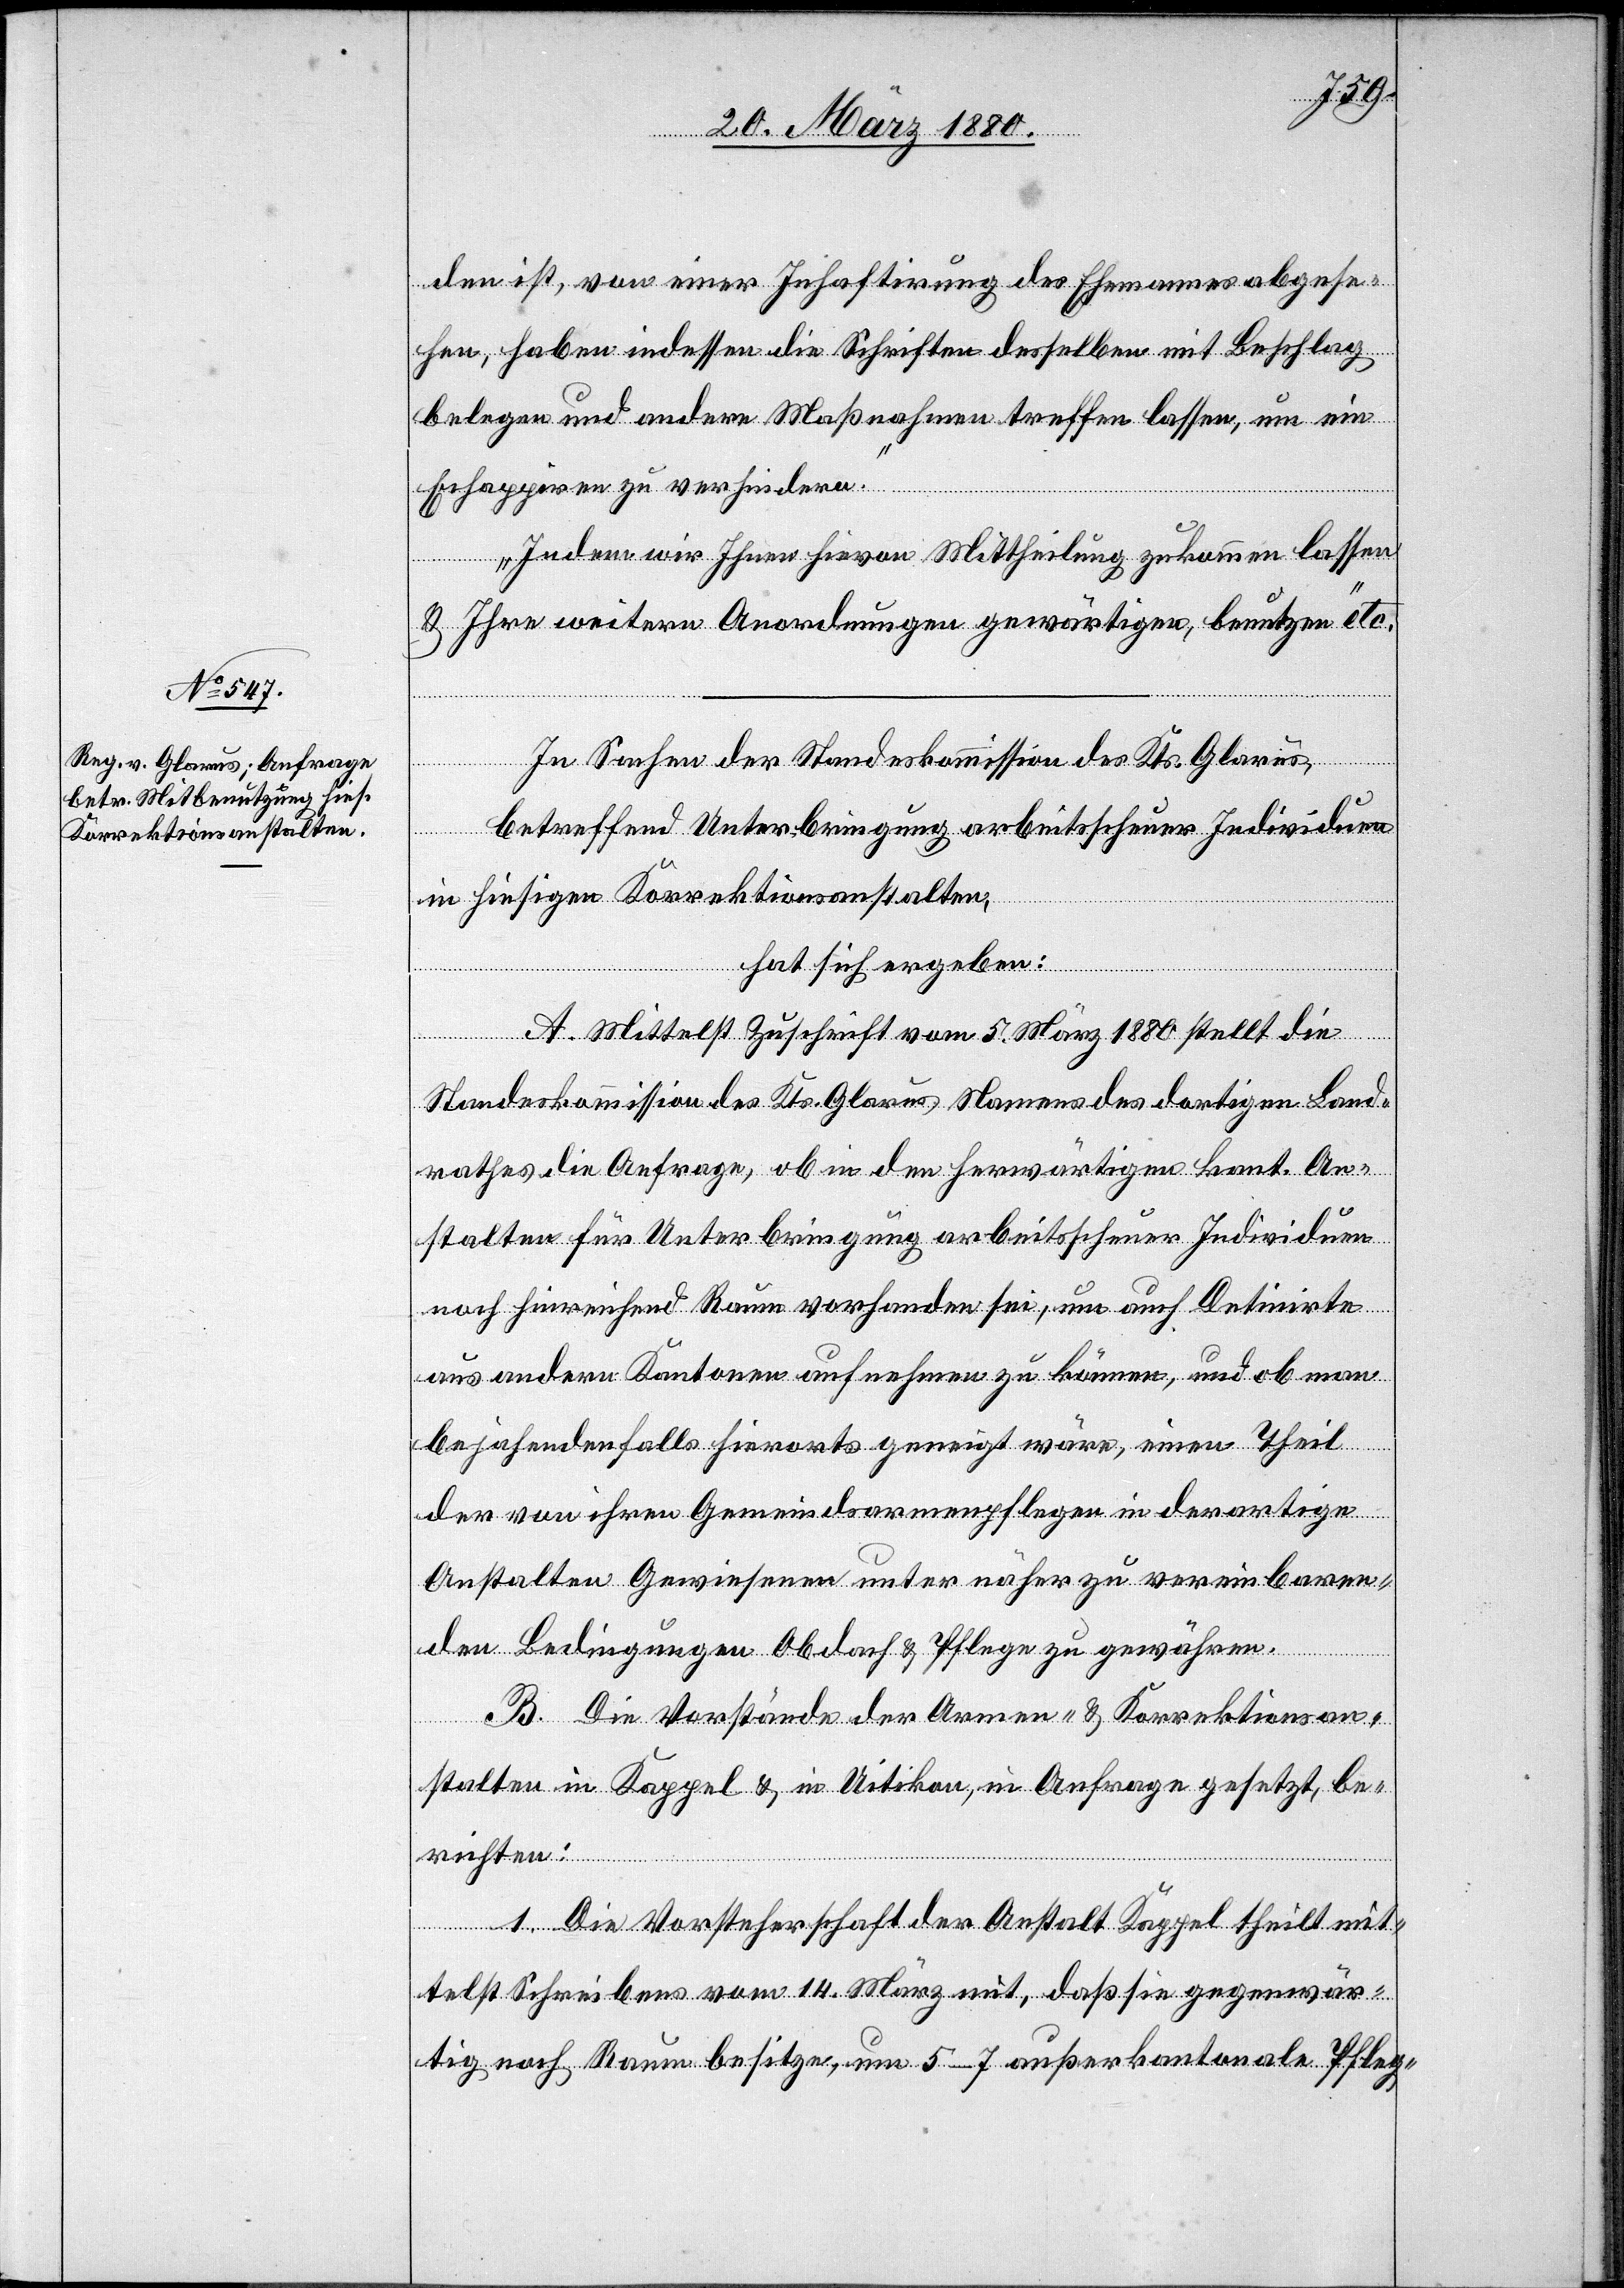
den ist, von einer Inhaftirung des Ehemannes abgese¬
hen, haben indessen die Schriften desselben mit Beschlag
belegen und andere Maßnahmen treffen lassen, um ein
Echappiren zu verhindern.
Indem wir Ihnen hievon Mittheilung zukommen lassen
& Ihre weitern Anordnungen gewärtigen, benutzen wir“
In Sachen der Standeskommission des Kts. Glarus,
betreffend Unterbringung arbeitsscheuer Individuen
in hiesigen Korrektionsanstalten,
hat sich ergeben:
A. Mittelst Zuschrift vom 5. März 1880 stellt die
Standeskommission des Kts. Glarus Namens des dortigen Land¬
rathes die Anfrage, ob in den herwärtigen kant. An¬
stalten für Unterbringung arbeitsscheuer Individuen
noch hinreichend Raum vorhanden sei, um auch Detinirte
aus andern Kantonen aufnehmen zu können, und ob man
bejahenden Falls hierorts geneigt wäre, einen Theil
der von ihren Gemeindsarmenpflegen in derartige
Anstalten Gewiesene unter näher zu vereinbaren¬
den Bedingungen Obdach & Pflege zu gewähren.
B. Die Vorstände der Armen- & Korrektionsan¬
stalten in Kappel & in Uitikon, in Anfrage gesetzt, be¬
richten:
1. Die Vorsteherschaft der Anstalt Kappel theilt mit¬
telst Schreibens vom 14. März mit, daß sie gegenwär¬
tig noch Raum besitze, um 5–7 außerkantonale Pfleg-